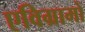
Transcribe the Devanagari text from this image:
एविग्रामों